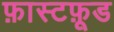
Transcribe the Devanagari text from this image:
फ़ास्टफ़ूड